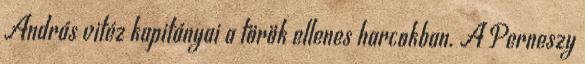
András vitéz kapitányai a török ellenes harcokban. A Perneszy